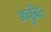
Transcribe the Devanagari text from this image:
अचुंबित